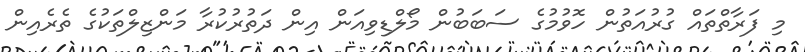
މި ފަރާތްތައް ގުރުއަތުން ހޮވުމުގެ ސަބަބުން މޯލްޑިވިއަން އިން ދަތުރުކުރާ މަންޒިލްތަކުގެ ތެރެއިން